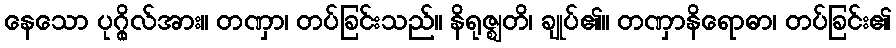
နေသော ပုဂ္ဂိုလ်အား။ တဏှာ၊ တပ်ခြင်းသည်။ နိရုဇ္ဈတိ၊ ချုပ်၏။ တဏှာနိရောဓာ၊ တပ်ခြင်း၏